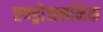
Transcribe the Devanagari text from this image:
एण्ड्रोजननिक